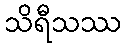
သိရီသဿ